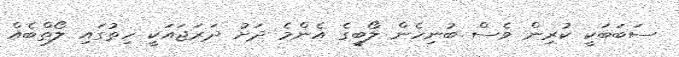
ސަބަބަކީ ކުރިން ވެސް ބުނިހެން ލޯބީގެ އެންމެ ދަށު ދަރަޖައަކީ ހިތުގައި ލޯތްބެއް